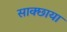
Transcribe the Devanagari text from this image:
साक्छाया